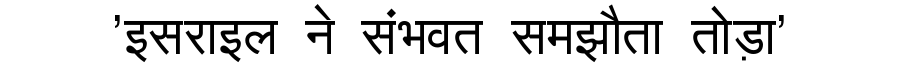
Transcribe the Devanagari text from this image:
'इसराइल ने संभवत समझौता तोड़ा'